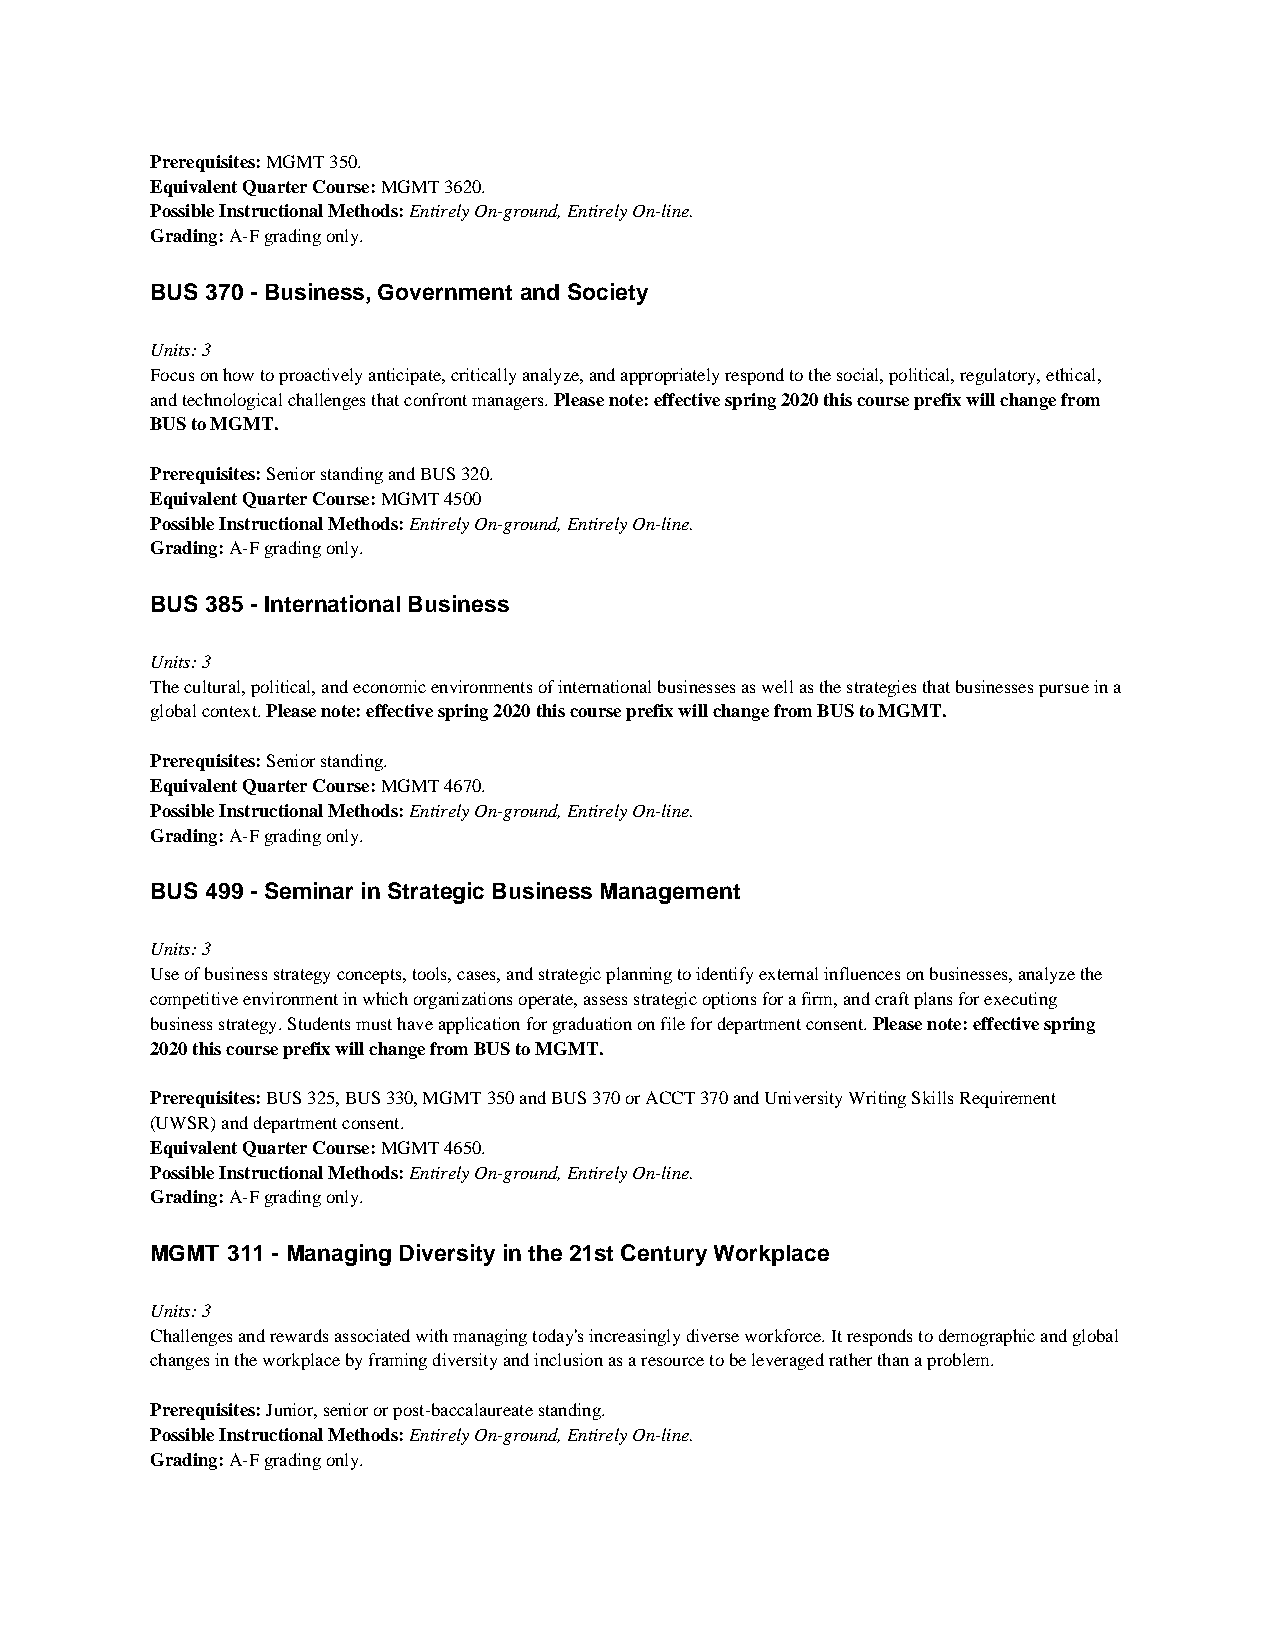
Prerequisites: MGMT 350.
 Equivalent Quarter Course: MGMT 3620.
 Possible Instructional Methods: Entirely On-ground, Entirely On-line.
 Grading: A-F grading only.
 BUS 370 - Business, Government and Society
 Units: 3
 Focus on how to proactively anticipate, critically analyze, and appropriately respond to the social, political, regulatory, ethical,
 and technological challenges that confront managers. Please note: effective spring 2020 this course prefix will change from
 BUS to MGMT.
 Prerequisites: Senior standing and BUS 320.
 Equivalent Quarter Course: MGMT 4500
 Possible Instructional Methods: Entirely On-ground, Entirely On-line.
 Grading: A-F grading only.
 BUS 385 - International Business
 Units: 3
 The cultural, political, and economic environments of international businesses as well as the strategies that businesses pursue in a
 global context. Please note: effective spring 2020 this course prefix will change from BUS to MGMT.
 Prerequisites: Senior standing.
 Equivalent Quarter Course: MGMT 4670.
 Possible Instructional Methods: Entirely On-ground, Entirely On-line.
 Grading: A-F grading only.
 BUS 499 - Seminar in Strategic Business Management
 Units: 3
 Use of business strategy concepts, tools, cases, and strategic planning to identify external influences on businesses, analyze the
 competitive environment in which organizations operate, assess strategic options for a firm, and craft plans for executing
 business strategy. Students must have application for graduation on file for department consent. Please note: effective spring
 2020 this course prefix will change from BUS to MGMT.
 Prerequisites: BUS 325, BUS 330, MGMT 350 and BUS 370 or ACCT 370 and University Writing Skills Requirement
 (UWSR) and department consent.
 Equivalent Quarter Course: MGMT 4650.
 Possible Instructional Methods: Entirely On-ground, Entirely On-line.
 Grading: A-F grading only.
 MGMT 311 - Managing Diversity in the 21st Century Workplace
 Units: 3
 Challenges and rewards associated with managing today's increasingly diverse workforce. It responds to demographic and global
 changes in the workplace by framing diversity and inclusion as a resource to be leveraged rather than a problem.
 Prerequisites: Junior, senior or post-baccalaureate standing.
 Possible Instructional Methods: Entirely On-ground, Entirely On-line.
 Grading: A-F grading only.